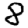
Digit: 8